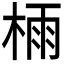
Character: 𣔯